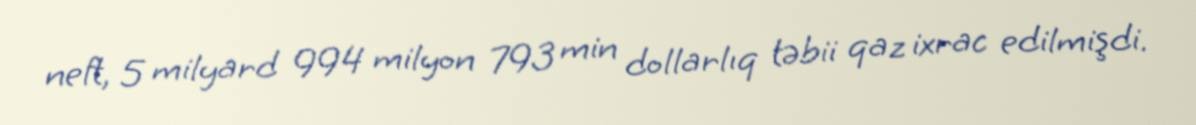
neft, 5 milyard 994 milyon 793 min dollarlıq təbii qaz ixrac edilmişdi.